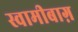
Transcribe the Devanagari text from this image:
स्वामीबाग़